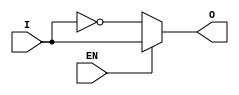
module active_low_buffer (
    input I,
    input EN,
    output O
);

assign O = EN ? I : ~I;

endmodule